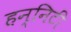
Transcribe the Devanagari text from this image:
हन्निटी